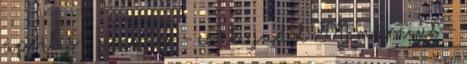
április - Premier - Csáki Judit 2011. március -